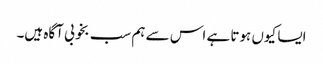
ایسا کیوں ہوتا ہے اس سے ہم سب بخوبی آگاہ ہیں۔